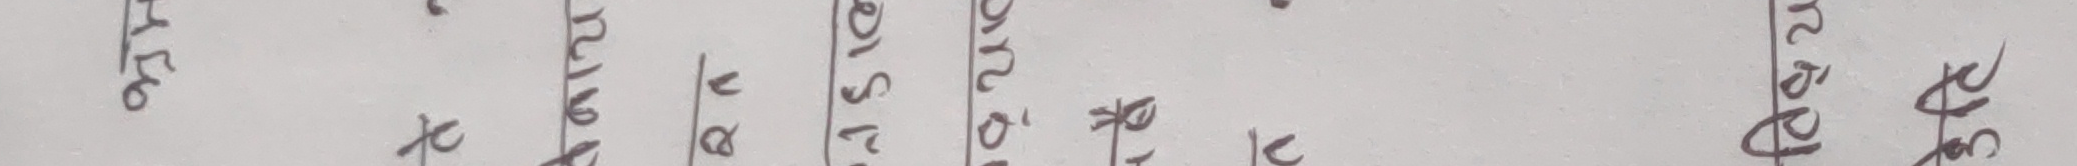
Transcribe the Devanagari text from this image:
अरे ।
छ ×
गरेको
छैन ।
तै के
गरूँ ?
छैन ।